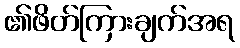
၏ဖိတ်ကြားချက်အရ